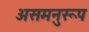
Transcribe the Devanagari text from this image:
असमनुरूप